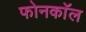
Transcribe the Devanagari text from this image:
फोनकाॅल